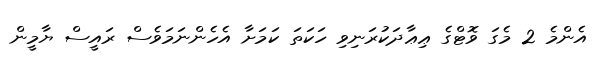
އެންމެ 2 މެގަ ވޮޓްގެ ޢިޢާދަކުރަނިވި ހަކަތަ ކަމަށާ އެހެންނަމަވެސް ރައީސް ޔާމީން